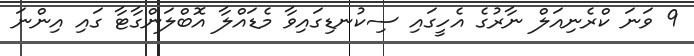
9 ވަނަ ކްރެނިއަލް ނާރުގެ އެހީގައި ސިކުނޑިގައިވާ މެޑައްލާ އޮބްލަންގާޓާ ގައި އިންނަ